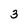
Character: 3